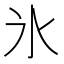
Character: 氷